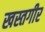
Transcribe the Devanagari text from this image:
खस्तगीर